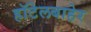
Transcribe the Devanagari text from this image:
हॉटेलबाहेर